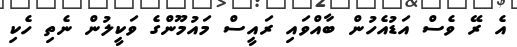
އެ ރޭ ވެސް އަޑުއެހުން ބާއްވައި ރައީސް މައުމޫންގެ ވަކީލުން ނެތި ހެކި